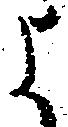
よ